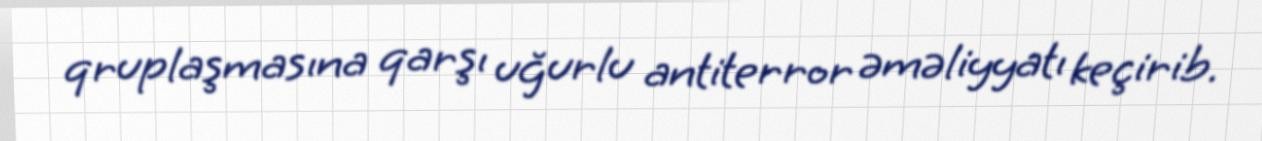
qruplaşmasına qarşı uğurlu antiterror əməliyyatı keçirib.